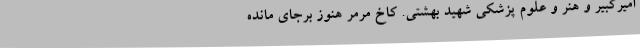
امیرکبیر و هنر و علوم پزشکی شهید بهشتی. کاخ مرمر هنوز برجای مانده